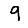
Digit: 9